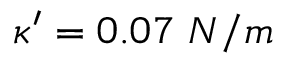
\kappa ^ { \prime } = 0 . 0 7 \ N / m